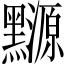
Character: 𪒳